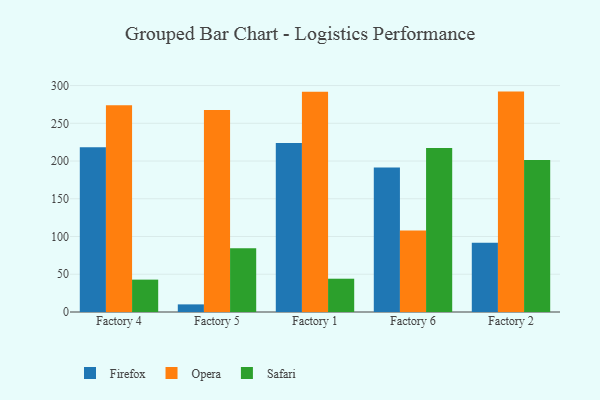
{"axis": {"x": "Factory", "y": "Demand Index"}, "legend": ["Firefox", "Opera", "Safari"], "data": [{"x": "Factory 4", "y": 218.4, "type": "Firefox"}, {"x": "Factory 4", "y": 273.8, "type": "Opera"}, {"x": "Factory 4", "y": 42.9, "type": "Safari"}, {"x": "Factory 5", "y": 10.1, "type": "Firefox"}, {"x": "Factory 5", "y": 267.7, "type": "Opera"}, {"x": "Factory 5", "y": 84.6, "type": "Safari"}, {"x": "Factory 1", "y": 223.8, "type": "Firefox"}, {"x": "Factory 1", "y": 291.8, "type": "Opera"}, {"x": "Factory 1", "y": 44.1, "type": "Safari"}, {"x": "Factory 6", "y": 191.3, "type": "Firefox"}, {"x": "Factory 6", "y": 108.1, "type": "Opera"}, {"x": "Factory 6", "y": 217.2, "type": "Safari"}, {"x": "Factory 2", "y": 91.6, "type": "Firefox"}, {"x": "Factory 2", "y": 292.0, "type": "Opera"}, {"x": "Factory 2", "y": 201.5, "type": "Safari"}]}